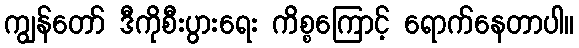
ကျွန်တော် ဒီကိုစီးပွားရေး ကိစ္စကြောင့် ရောက်နေတာပါ။